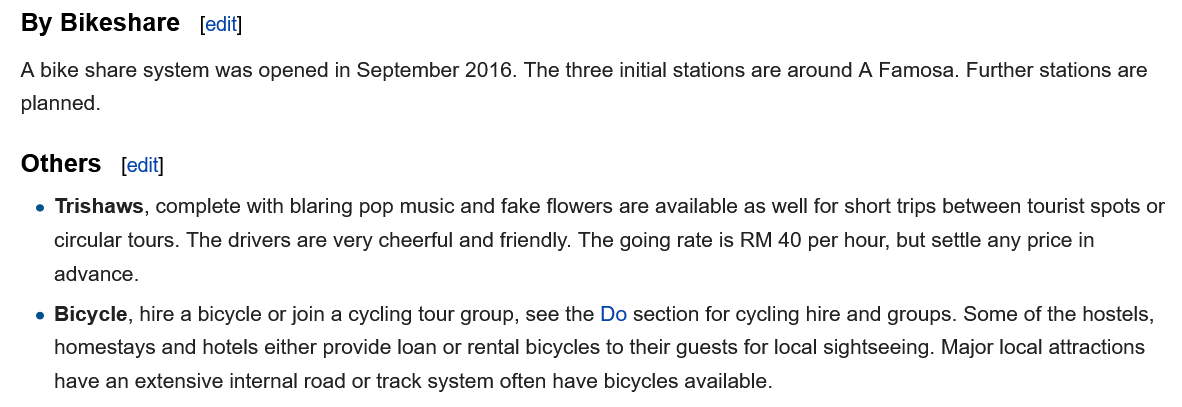
By Bikeshare
   A bike share system was opened in September 2016. The three initial stations are around A Famosa. Further stations are
   planned.
   Others
    e Trishaws, complete with blaring pop music and fake flowers are available as well for short trips between tourist spots or
     circular tours. The drivers are very cheerful and friendly. The going rate is RM 40 per hour, but settle any price in
     advance.
    » Bicycle, hire a bicycle or join a cycling tour group, see the Do section for cycling hire and groups. Some of the hostels,
     homestays and hotels either provide loan or rental bicycles to their guests for local sightseeing. Major local attractions
     have an extensive internal road or track system often have bicycles available.